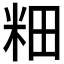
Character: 𫂺